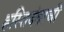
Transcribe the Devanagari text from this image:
हस्तिदंताची